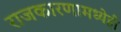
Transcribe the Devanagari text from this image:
राजकारणामध्येही